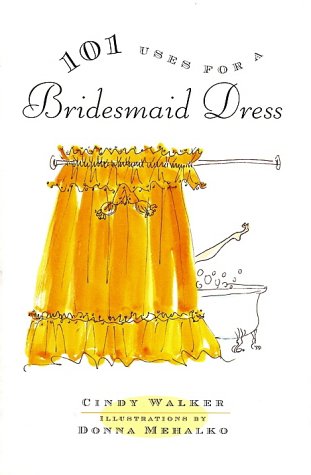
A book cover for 101 Uses for a Bridesmaid Dress; Cindy Walker; Crafts, Hobbies & Home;